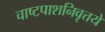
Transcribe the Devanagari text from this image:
चाष्टपाशनिवृत्तये